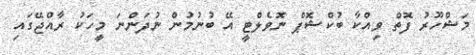
މަޝްހޫރު ފޮތް ވިއްކާ ބުކްޝޮޕް ނޮވެލްޓީ އޭ ބުނުމުން ނުދަންނަ މީހަކު ރާއްޖޭގައި